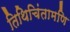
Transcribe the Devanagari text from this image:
तिथिचिंतामणि